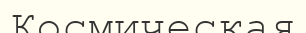
Космическая